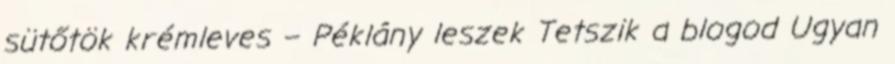
sütőtök krémleves – Péklány leszek Tetszik a blogod Ugyan